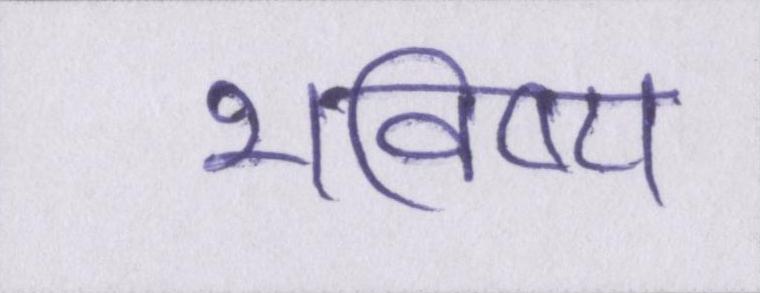
भविष्य